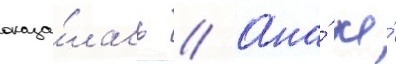
оказа́лась // Она́ же́